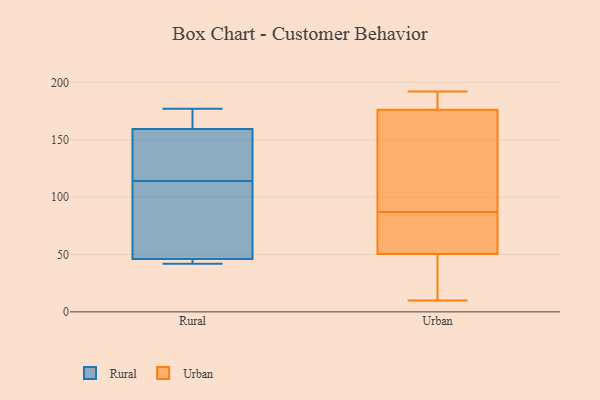
{"axis": {"x": "Active Users", "y": "Value"}, "legend": ["Rural", "Urban"], "data": [{"x": "", "y": 81, "type": "Rural"}, {"x": "", "y": 44, "type": "Rural"}, {"x": "", "y": 167, "type": "Rural"}, {"x": "", "y": 91, "type": "Rural"}, {"x": "", "y": 46, "type": "Rural"}, {"x": "", "y": 165, "type": "Rural"}, {"x": "", "y": 42, "type": "Rural"}, {"x": "", "y": 177, "type": "Rural"}, {"x": "", "y": 138, "type": "Rural"}, {"x": "", "y": 154, "type": "Rural"}, {"x": "", "y": 46, "type": "Rural"}, {"x": "", "y": 137, "type": "Rural"}, {"x": "", "y": 54, "type": "Urban"}, {"x": "", "y": 186, "type": "Urban"}, {"x": "", "y": 87, "type": "Urban"}, {"x": "", "y": 174, "type": "Urban"}, {"x": "", "y": 11, "type": "Urban"}, {"x": "", "y": 103, "type": "Urban"}, {"x": "", "y": 192, "type": "Urban"}, {"x": "", "y": 56, "type": "Urban"}, {"x": "", "y": 76, "type": "Urban"}, {"x": "", "y": 10, "type": "Urban"}, {"x": "", "y": 99, "type": "Urban"}, {"x": "", "y": 40, "type": "Urban"}, {"x": "", "y": 183, "type": "Urban"}]}